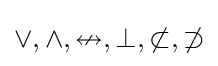
\vee ,\wedge ,\nleftrightarrow ,\bot ,\not \subset ,\not \supset